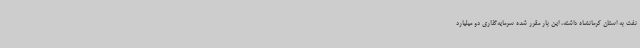
نفت به استان کرمانشاه داشته، این بار مقرر شده سرمایه‌گذاری دو میلیارد